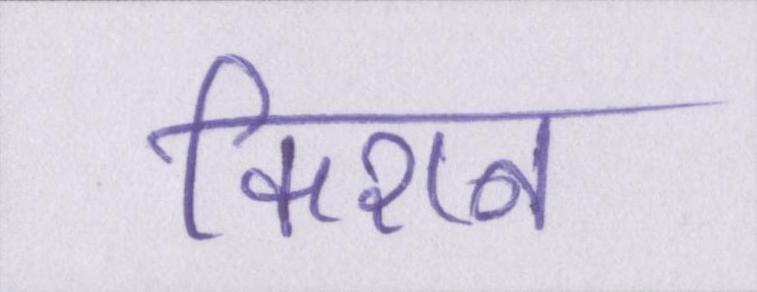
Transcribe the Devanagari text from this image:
किशन